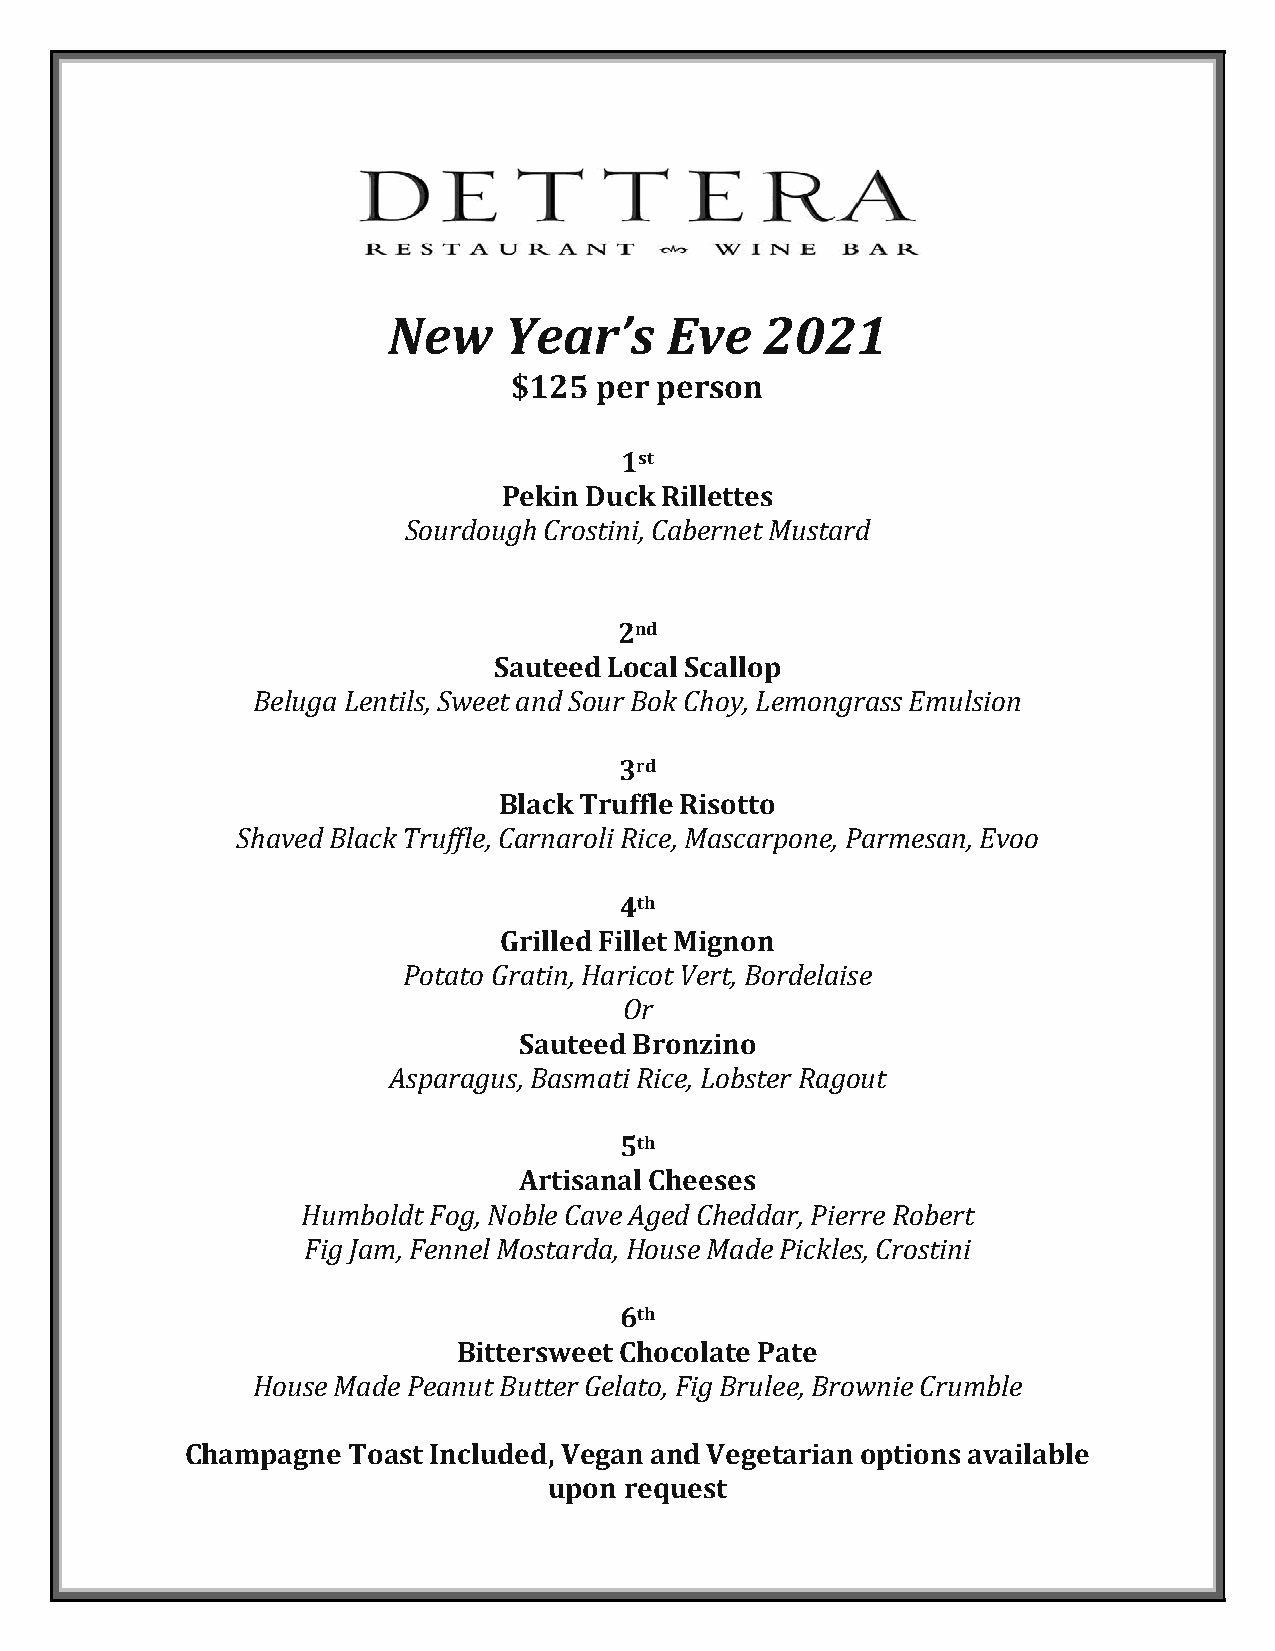
New    Year’s     Eve    2021
 $125 per person
 1st
 Pekin Duck Rillettes
 Sourdough Crostini, Cabernet Mustard
 2nd
 Sauteed Local Scallop
 Beluga Lentils, Sweet and Sour Bok Choy, Lemongrass Emulsion
 3rd
 Black Truffle Risotto
 Shaved Black Truffle, Carnaroli Rice, Mascarpone, Parmesan, Evoo
 4th
 Grilled Fillet Mignon
 Potato Gratin, Haricot Vert, Bordelaise
 Or
 Sauteed Bronzino
 Asparagus, Basmati Rice, Lobster Ragout
 5th
 Artisanal Cheeses
 Humboldt Fog, Noble Cave Aged Cheddar, Pierre Robert
 Fig Jam, Fennel Mostarda, House Made Pickles, Crostini
 6th
 Bittersweet Chocolate Pate
 House Made Peanut Butter Gelato, Fig Brulee, Brownie Crumble
 Champagne  Toast Included, Vegan and Vegetarian options available
 upon request